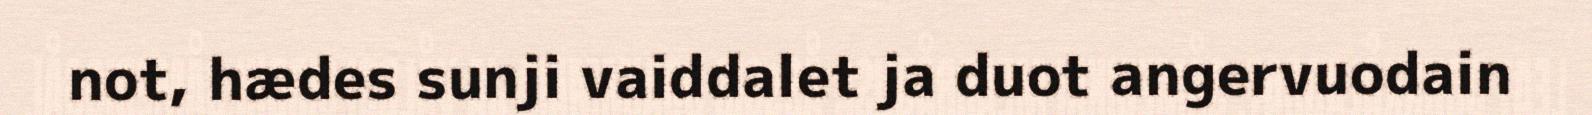
not, hædes sunji vaiddalet ja duot angervuodain